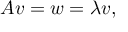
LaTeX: A v = w = \lambda v ,